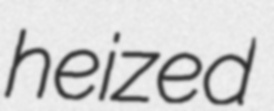
heized